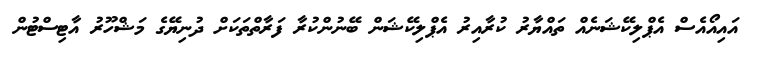
އައިއޯއެސް އެޕްލިކޭޝަނެއް ތައްޔާރު ކުރާއިރު އެޕްލިކޭޝަން ބޭނުންކުރާ ފަރާތްތަކަށް ދުނިޔޭގެ މަޝްހޫރު އާޓިސްޓުން